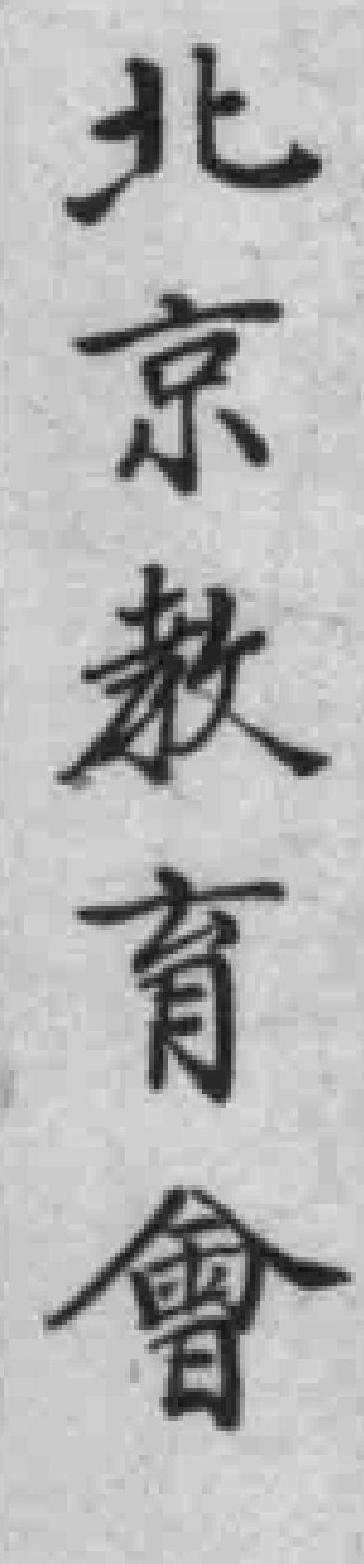
北京教育會